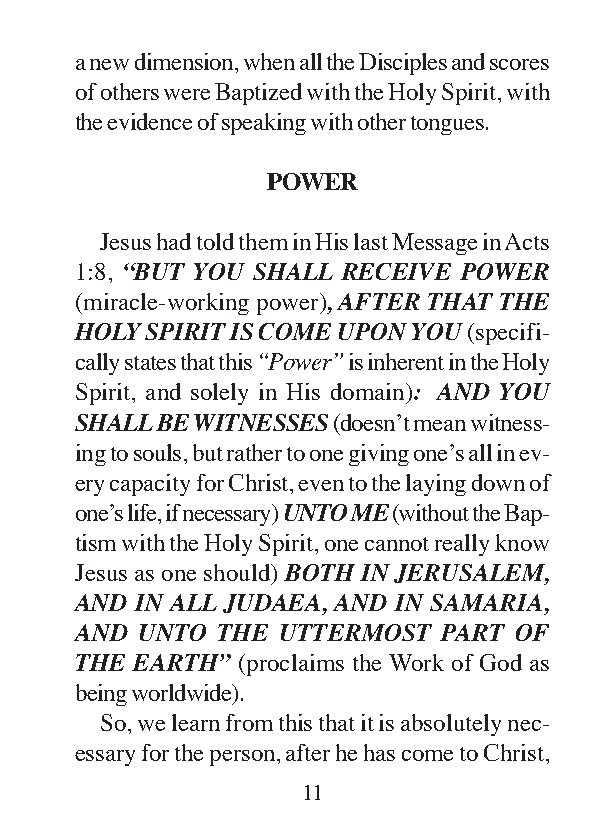
a new dimension, when all the Disciples and scores
 of others were Baptized with the Holy Spirit, with
 the evidence of speaking with other tongues.
 POWER
 Jesus had told them in His last Message in Acts
 1:8, “BUT YOU SHALL RECEIVE POWER
 (miracle-working power), AFTER THAT THE
 HOLY SPIRIT IS COME UPON YOU (specifi-
 cally states that this “Power” is inherent in the Holy
 Spirit, and solely in His domain): AND YOU
 SHALL BE WITNESSES (doesn’t mean witness-
 ing to souls, but rather to one giving one’s all in ev-
 ery capacity for Christ, even to the laying down of
 one’s life, if necessary) UNTO ME (without the Bap-
 tism with the Holy Spirit, one cannot really know
 Jesus as one should) BOTH IN JERUSALEM,
 AND IN ALL JUDAEA, AND IN SAMARIA,
 AND UNTO THE UTTERMOST  PART OF
 THE EARTH” (proclaims the Work of God as
 being worldwide).
 So, we learn from this that it is absolutely nec-
 essary for the person, after he has come to Christ,
 11